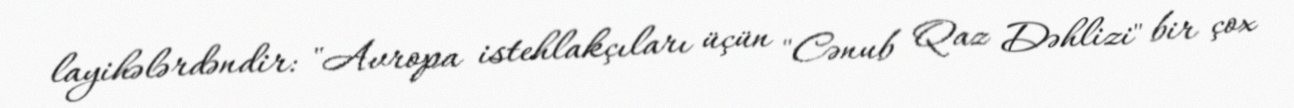
layihələrdəndir: "Avropa istehlakçıları üçün "Cənub Qaz Dəhlizi" bir çox